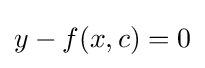
y-f(x,c)=0